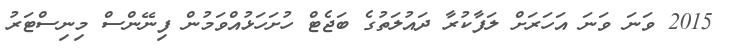
2015 ވަނަ ވަނަ އަހަރަށް ލަފާކުރާ ދައުލަތުގެ ބަޖެޓް ހުށަހަޅުއްވަމުން ފިނޭންސް މިނިސްޓަރު